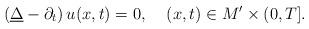
LaTeX: \begin{align*}\left(\underline{\Delta}-\partial_{t}\right)u(x,t)=0,\;\;\;\; (x,t)\in M'\times(0,T].\end{align*}